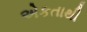
એકતાથી